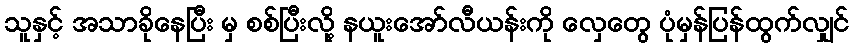
သူနှင့် အသာခိုနေပြီး မှ စစ်ပြီးလို့ နယူးအော်လီယန်းကို လှေတွေ ပုံမှန်ပြန်ထွက်လျှင်